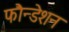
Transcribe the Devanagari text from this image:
फौन्डेशन